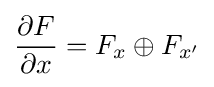
{\frac {\partial F}{\partial x}}=F_{x}\oplus F_{x'}